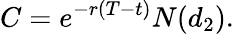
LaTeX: C=e^{-r(T-t)}N(d_{2}).